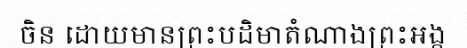
ចិន ដោយមានព្រះបដិមាតំណាងព្រះអង្គ